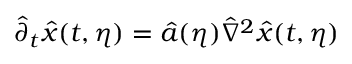
\hat { \partial } _ { t } \hat { x } ( t , \eta ) = \hat { a } ( \eta ) \hat { \nabla } ^ { 2 } \hat { x } ( t , \eta )